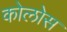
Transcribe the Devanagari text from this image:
कोलोस